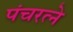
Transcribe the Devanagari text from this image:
पंचरत्‍ने